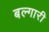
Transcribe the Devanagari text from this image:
बल्गारी